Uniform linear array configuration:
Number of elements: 16
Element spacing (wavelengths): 0.25
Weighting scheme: binomial
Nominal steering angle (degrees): -45
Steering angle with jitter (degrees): -46.573
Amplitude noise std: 0.05
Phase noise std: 0.05

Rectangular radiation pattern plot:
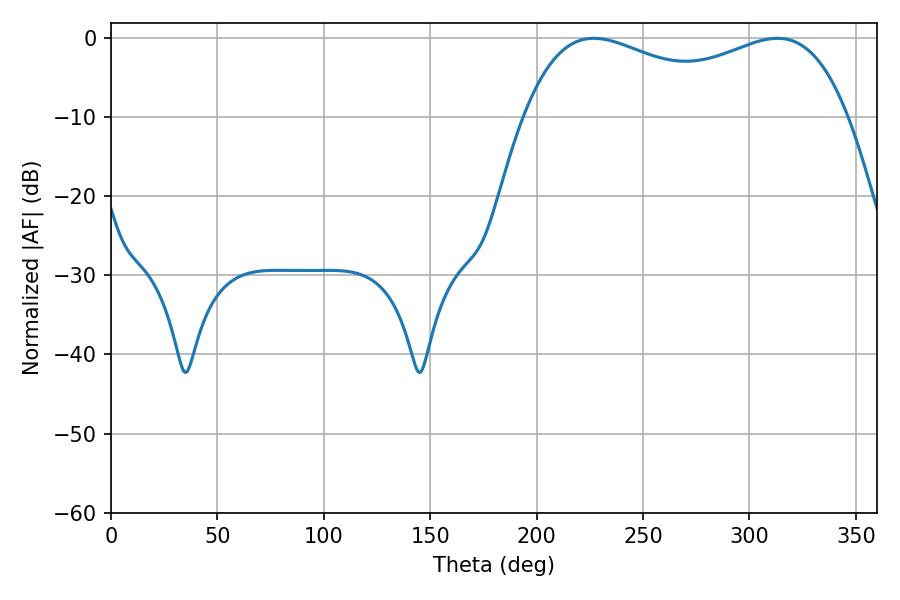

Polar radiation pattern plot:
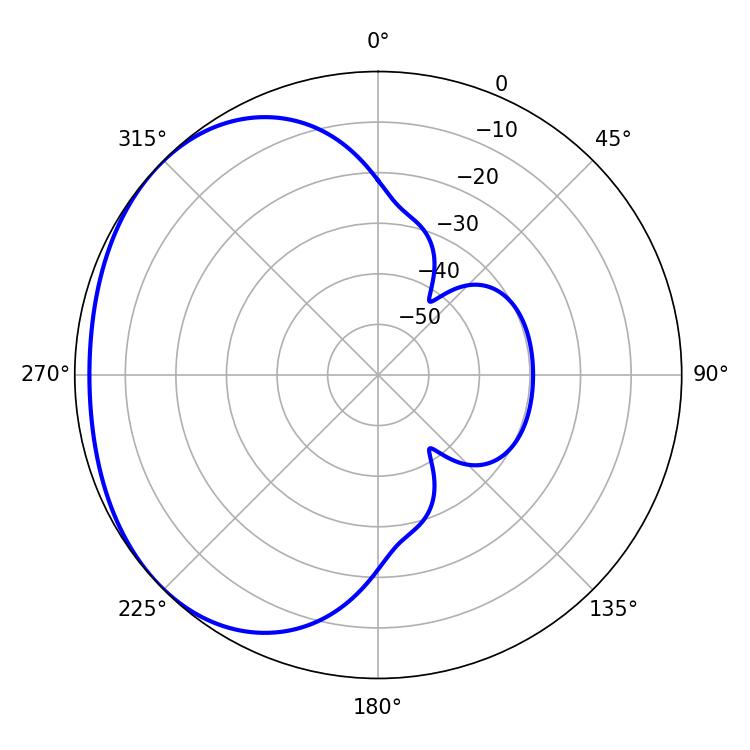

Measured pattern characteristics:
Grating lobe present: FALSE
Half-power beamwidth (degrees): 125.64
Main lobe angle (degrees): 226.8